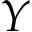
Y